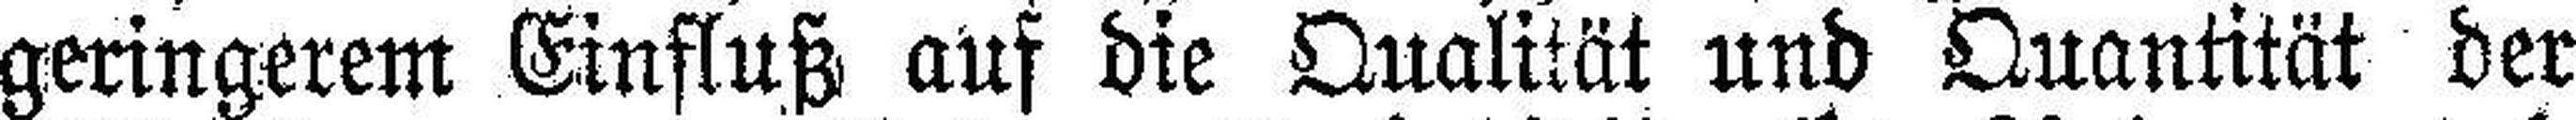
geringerem Einfluß auf die Qualität und Quantität der